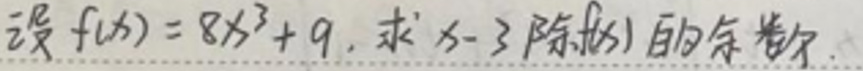
设$f(x)=8x^{3}+9$, 求$x - 3$除$f(x)$的余数。